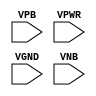
module sky130_fd_sc_ls__tapvgnd2 (
    //# {{power|Power}}
    input VPB ,
    input VPWR,
    input VGND,
    input VNB
);
endmodule